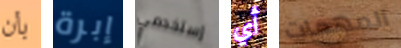
بأن إبرة إستخدمي أي المهمات